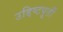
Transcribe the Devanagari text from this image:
उद्दिष्टपूर्ती